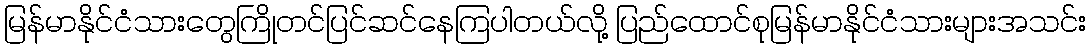
မြန်မာနိုင်ငံသားတွေကြိုတင်ပြင်ဆင်နေကြပါတယ်လို့ ပြည်ထောင်စုမြန်မာနိုင်ငံသားများအသင်း